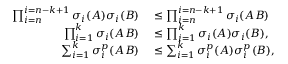
\begin{array} { r l } { \prod _ { i = n } ^ { i = n - k + 1 } \sigma _ { i } ( A ) \sigma _ { i } ( B ) } & { { } \leq \prod _ { i = n } ^ { i = n - k + 1 } \sigma _ { i } ( A B ) } \\ { \prod _ { i = 1 } ^ { k } \sigma _ { i } ( A B ) } & { { } \leq \prod _ { i = 1 } ^ { k } \sigma _ { i } ( A ) \sigma _ { i } ( B ) , } \\ { \sum _ { i = 1 } ^ { k } \sigma _ { i } ^ { p } ( A B ) } & { { } \leq \sum _ { i = 1 } ^ { k } \sigma _ { i } ^ { p } ( A ) \sigma _ { i } ^ { p } ( B ) , } \end{array}